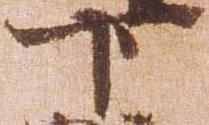
下